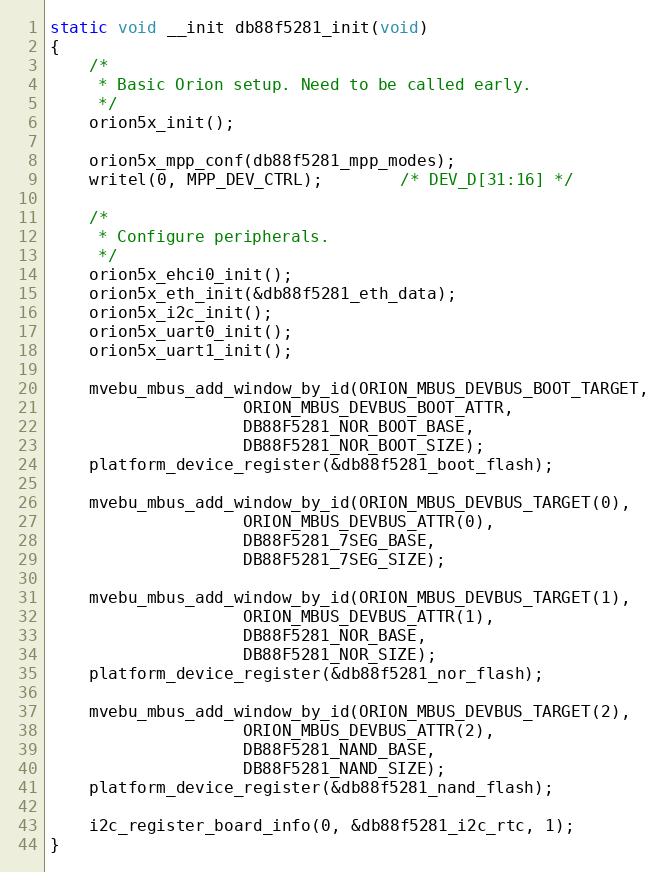
Language: C
static void __init db88f5281_init(void)
{
	/*
	 * Basic Orion setup. Need to be called early.
	 */
	orion5x_init();

	orion5x_mpp_conf(db88f5281_mpp_modes);
	writel(0, MPP_DEV_CTRL);		/* DEV_D[31:16] */

	/*
	 * Configure peripherals.
	 */
	orion5x_ehci0_init();
	orion5x_eth_init(&db88f5281_eth_data);
	orion5x_i2c_init();
	orion5x_uart0_init();
	orion5x_uart1_init();

	mvebu_mbus_add_window_by_id(ORION_MBUS_DEVBUS_BOOT_TARGET,
				    ORION_MBUS_DEVBUS_BOOT_ATTR,
				    DB88F5281_NOR_BOOT_BASE,
				    DB88F5281_NOR_BOOT_SIZE);
	platform_device_register(&db88f5281_boot_flash);

	mvebu_mbus_add_window_by_id(ORION_MBUS_DEVBUS_TARGET(0),
				    ORION_MBUS_DEVBUS_ATTR(0),
				    DB88F5281_7SEG_BASE,
				    DB88F5281_7SEG_SIZE);

	mvebu_mbus_add_window_by_id(ORION_MBUS_DEVBUS_TARGET(1),
				    ORION_MBUS_DEVBUS_ATTR(1),
				    DB88F5281_NOR_BASE,
				    DB88F5281_NOR_SIZE);
	platform_device_register(&db88f5281_nor_flash);

	mvebu_mbus_add_window_by_id(ORION_MBUS_DEVBUS_TARGET(2),
				    ORION_MBUS_DEVBUS_ATTR(2),
				    DB88F5281_NAND_BASE,
				    DB88F5281_NAND_SIZE);
	platform_device_register(&db88f5281_nand_flash);

	i2c_register_board_info(0, &db88f5281_i2c_rtc, 1);
}